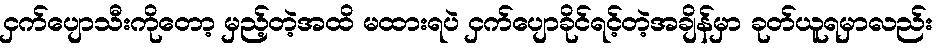
ငှက်ပျောသီးကိုတော့ မှည့်တဲ့အထိ မထားရပဲ ငှက်ပျောခိုင်ရင့်တဲ့အချိန်မှာ ခုတ်ယူရမှာလည်း